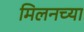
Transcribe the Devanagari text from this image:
मिलनच्या